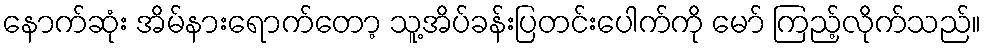
နောက်ဆုံး အိမ်နားရောက်တော့ သူ့အိပ်ခန်းပြတင်းပေါက်ကို မော် ကြည့်လိုက်သည်။